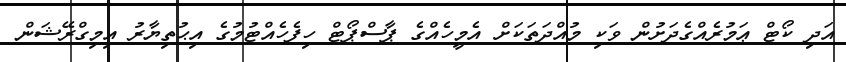
އަދި ކޯޓް ޢަމުރެއްގެދަށުން ވަކި މުއްދަތަކަށް އެމީހެއްގެ ޕާސްޕޯޓް ހިފެހެއްޓުމުގެ އިޙުތިޔާރު އިމިގްރޭޝަން